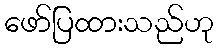
ဖော်ပြထားသည်ဟု